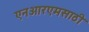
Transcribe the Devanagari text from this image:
एनआरएमसाठी